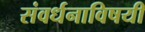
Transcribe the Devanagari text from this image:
संवर्धनाविषयी